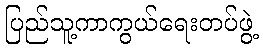
ပြည်သူ့ကာကွယ်ရေးတပ်ဖွဲ့